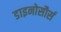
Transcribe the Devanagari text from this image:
डाइनोसौर्स